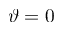
\vartheta = 0